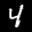
Label: 4